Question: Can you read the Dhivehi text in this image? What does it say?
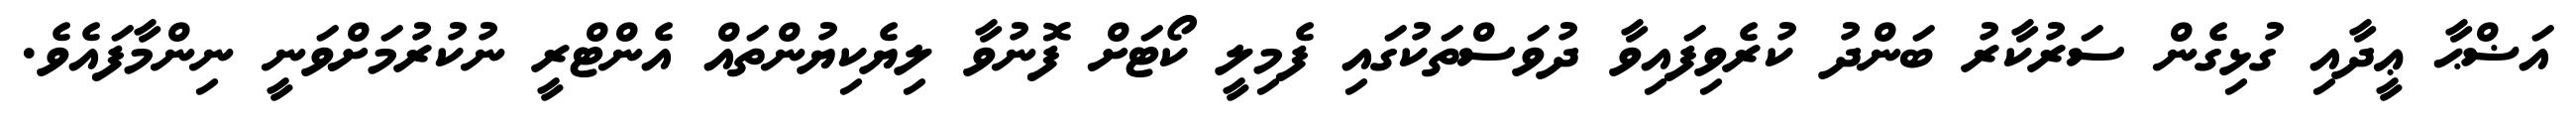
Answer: އަޟްޙާ ޢީދާއި ގުޅިގެން ސަރުކާރު ބަންދު ކުރެވިފައިވާ ދުވަސްތަކުގައި ފެމިލީ ކޯޓަށް ފޮނުވާ ލިޔެކިޔުންތައް އެންޓްރީ ނުކުރުމަށްވަނީ ނިންމާފައެވެ.